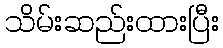
သိမ်းဆည်းထားပြီး